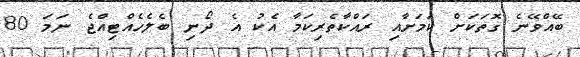
ބޭއްވޭނެ ގޮތަކަށް ކަމަށާއި ރައްކާތެރިކަމާ އެކު އެ ދޯނި ބެލެހެއްޓިއްޖެ ނަމަ 80